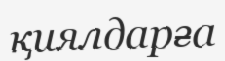
қиялдарға